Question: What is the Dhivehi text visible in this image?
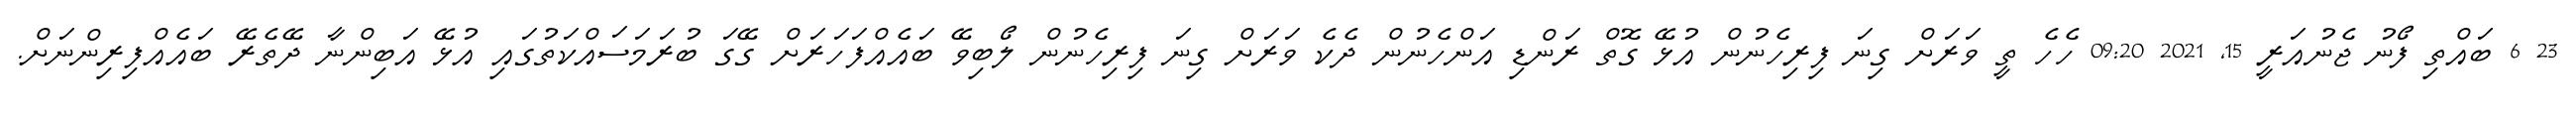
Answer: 23 6 ބައްތި ފޯނު ޖެނުއަރީ 15, 2021 09:20 ހެހެ ތީ ވަރަށް ގިނަ ފިރިހެނުން އުޅޭ ގޮތް ރަންޑި އަންހެނުން ދެކެ ވަރަށް ގިނަ ފިރިހެނުން ލޯބިވޭ ބައެއްފަހަރަށް ގޭގަ ބުރަމަސައްކަތުގައި އުޅޭ އަބިންނާ ދޭތެރޭ ބައެއްފިރިންނަށް.